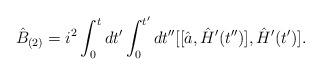
LaTeX: \begin{align*}\hat{B}_{(2)} = i^2 \int_{0}^{t} dt' \int_{0}^{t'} dt''[[\hat{a}, \hat{H}' (t'')], \hat{H}' (t')].\end{align*}